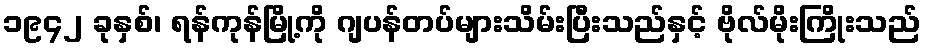
၁၉၄၂ ခုနှစ်၊ ရန်ကုန်မြို့ကို ဂျပန်တပ်များသိမ်းပြီးသည်နှင့် ဗိုလ်မိုးကြိုးသည်